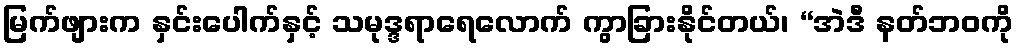
မြက်ဖျားက နှင်းပေါက်နှင့် သမုဒ္ဒရာရေလောက် ကွာခြားနိုင်တယ်၊ “အဲဒီ နတ်ဘဝကို